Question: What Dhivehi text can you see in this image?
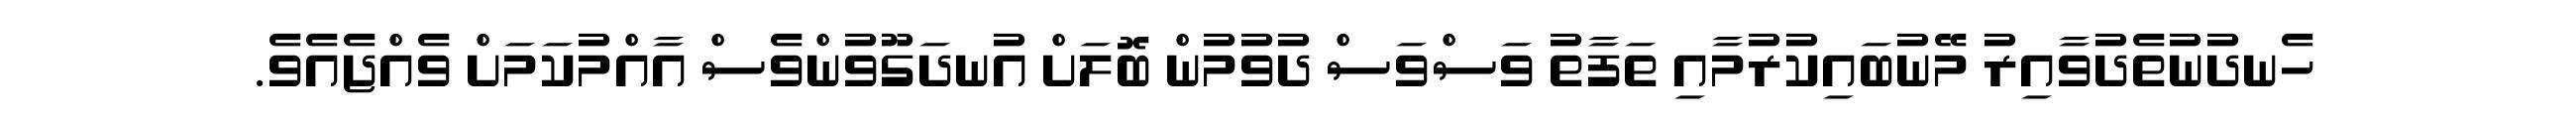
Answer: ހެނދުނުތެދުވާއިރު މޭނުބައިކުރުމާއި ތަފާތު ވަސްވަސް ދުވުމުން ބޮލަށް އުނދަގޫވުންވެސް އާއްމުކަމަށް ވެއްޖެއެވެ.